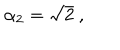
LaTeX: \alpha _ { 2 } = \sqrt { 2 } \ ,